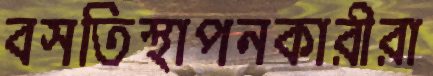
বসতিস্থাপনকারীরা